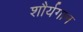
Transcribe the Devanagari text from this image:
शौर्यगान